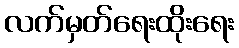
လက်မှတ်ရေးထိုးရေး